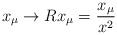
LaTeX: \begin{align*}x_\mu \to R x_\mu = \frac{x_\mu}{x^2}\end{align*}